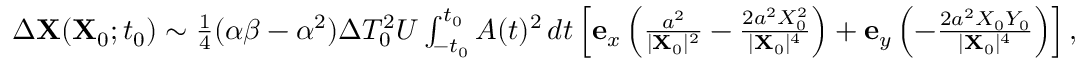
\begin{array} { r } { \Delta \mathbf { X } ( \mathbf { X } _ { 0 } ; t _ { 0 } ) \sim \frac { 1 } { 4 } ( \alpha \beta - \alpha ^ { 2 } ) \Delta T _ { 0 } ^ { 2 } U \int _ { - t _ { 0 } } ^ { t _ { 0 } } A ( t ) ^ { 2 } \, d t \left[ \mathbf { e } _ { x } \left( \frac { a ^ { 2 } } { \vert \mathbf { X } _ { 0 } \vert ^ { 2 } } - \frac { 2 a ^ { 2 } X _ { 0 } ^ { 2 } } { \vert \mathbf { X } _ { 0 } \vert ^ { 4 } } \right) + \mathbf { e } _ { y } \left( - \frac { 2 a ^ { 2 } X _ { 0 } Y _ { 0 } } { \vert \mathbf { X } _ { 0 } \vert ^ { 4 } } \right) \right] , } \end{array}